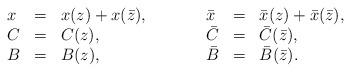
LaTeX: \begin{align*}\begin{array}{lclclcl}x &=& x(z) + x(\bar z),& \qquad & \bar x &=& \bar x(z) + \bar x(\bar z),\\C &=& C(z), & \qquad & \bar C &=& \bar C(\bar z), \\B &=& B(z), & \qquad & \bar B &=& \bar B(\bar z).\end{array}\end{align*}